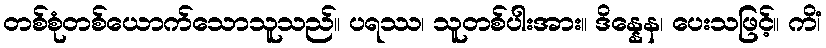
တစ်စုံတစ်ယောက်သောသူသည်။ ပရဿ၊ သူတစ်ပါးအား။ ဒိန္နေန၊ ပေးသဖြင့်။ ကိံ၊